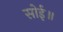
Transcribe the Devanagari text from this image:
सोई॥